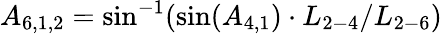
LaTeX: {A_{6,1,2}}=\sin^{-1}(\sin({A_{4,1}})\cdot{L_{2-4}}/{L_{2-6}})